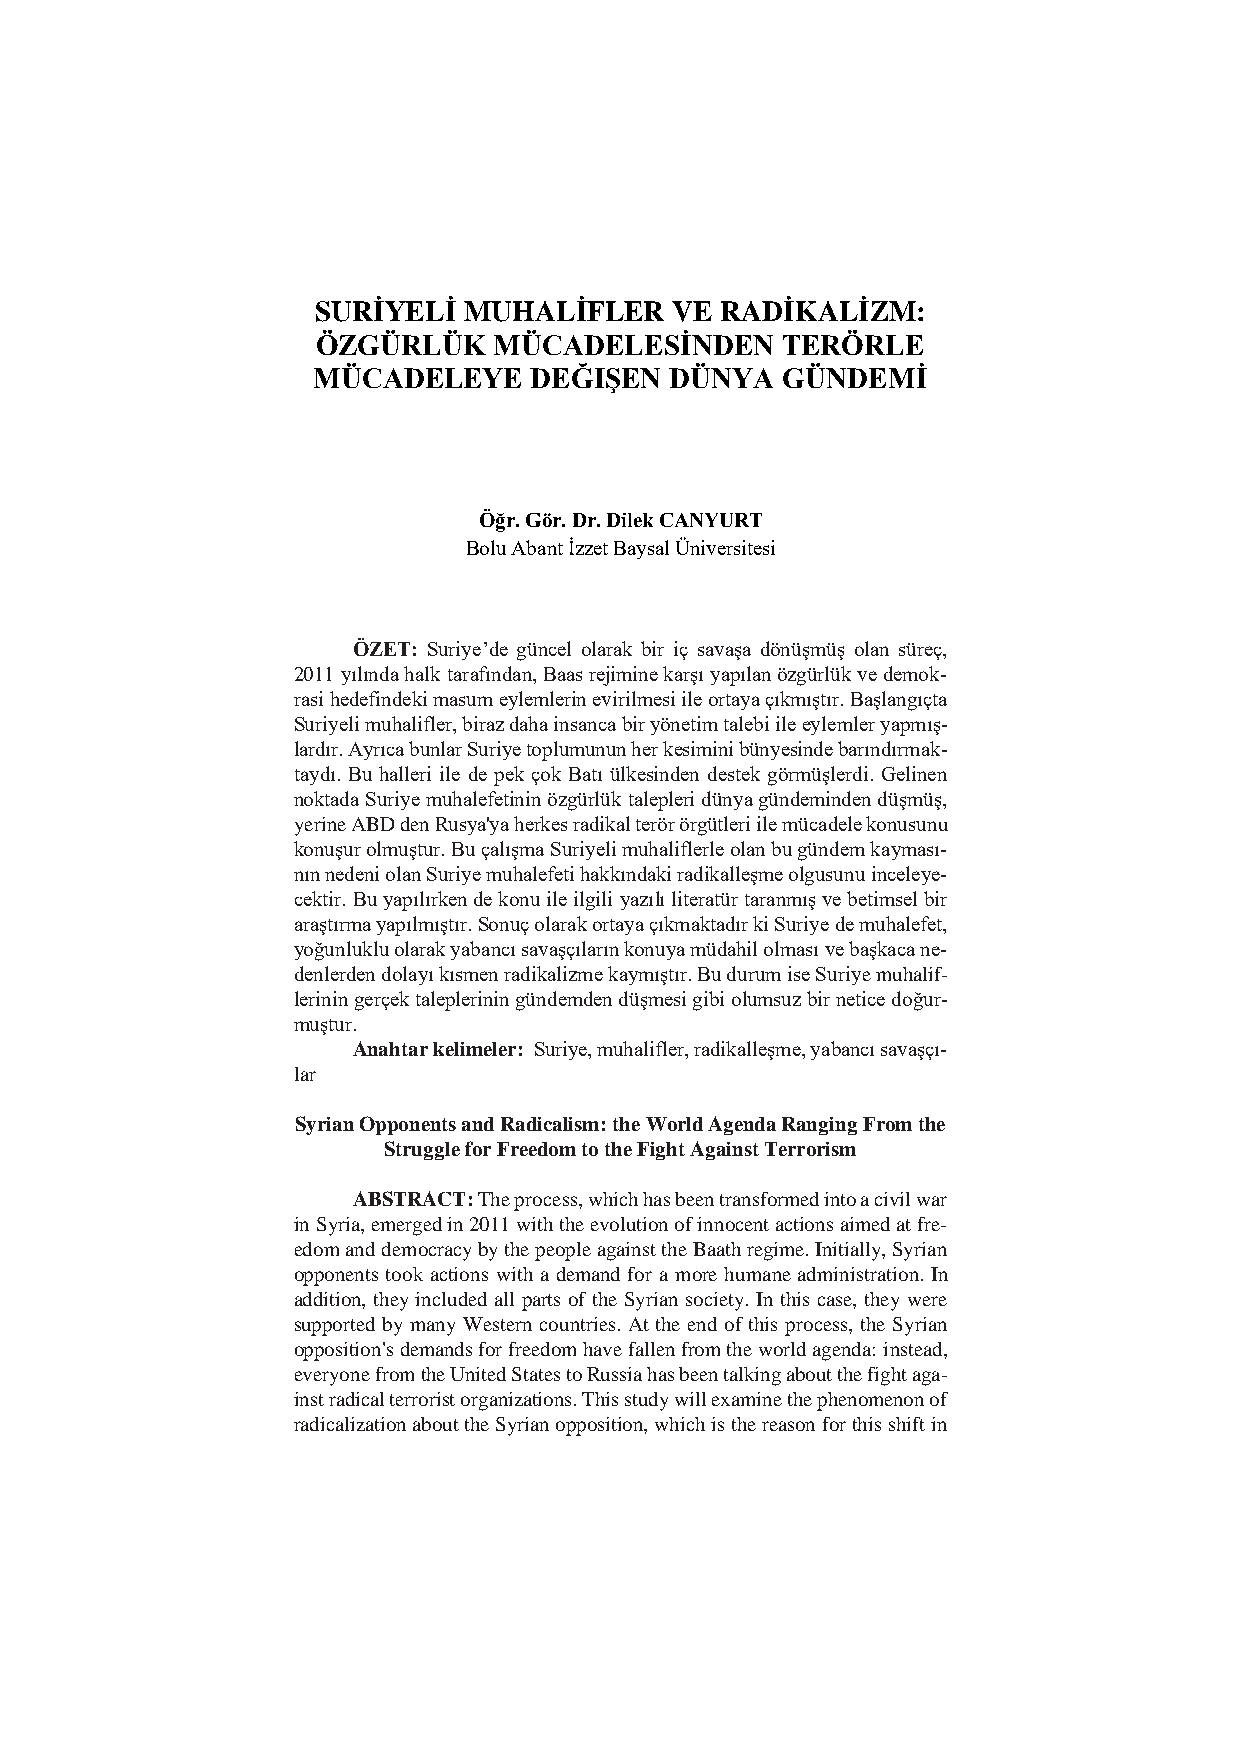
SURİYELİ  MUHALİFLER   VE  RADİKALİZM:
 ÖZGÜRLÜK    MÜCADELESİNDEN     TERÖRLE
 MÜCADELEYE    DEĞIŞEN  DÜNYA   GÜNDEMİ
 Öğr. Gör. Dr. Dilek CANYURT
 Bolu Abant İzzet Baysal Üniversitesi
 ÖZET: Suriye’de güncel olarak bir iç savaşa dönüşmüş olan süreç,
 2011 yılında halk tarafından, Baas rejimine karşı yapılan özgürlük ve demok-
 rasi hedefindeki masum eylemlerin evirilmesi ile ortaya çıkmıştır. Başlangıçta
 Suriyeli muhalifler, biraz daha insanca bir yönetim talebi ile eylemler yapmış-
 lardır. Ayrıca bunlar Suriye toplumunun her kesimini bünyesinde barındırmak-
 taydı. Bu halleri ile de pek çok Batı ülkesinden destek görmüşlerdi. Gelinen
 noktada Suriye muhalefetinin özgürlük talepleri dünya gündeminden düşmüş,
 yerine ABD den Rusya'ya herkes radikal terör örgütleri ile mücadele konusunu
 konuşur olmuştur. Bu çalışma Suriyeli muhaliflerle olan bu gündem kayması-
 nın nedeni olan Suriye muhalefeti hakkındaki radikalleşme olgusunu inceleye-
 cektir. Bu yapılırken de konu ile ilgili yazılı literatür taranmış ve betimsel bir
 araştırma yapılmıştır. Sonuç olarak ortaya çıkmaktadır ki Suriye de muhalefet,
 yoğunluklu olarak yabancı savaşçıların konuya müdahil olması ve başkaca ne-
 denlerden dolayı kısmen radikalizme kaymıştır. Bu durum ise Suriye muhalif-
 lerinin gerçek taleplerinin gündemden düşmesi gibi olumsuz bir netice doğur-
 muştur.
 Anahtar kelimeler: Suriye, muhalifler, radikalleşme, yabancı savaşçı-
 lar
 Syrian Opponents and Radicalism: the World Agenda Ranging From the
 Struggle for Freedom to the Fight Against Terrorism
 ABSTRACT: The process, which has been transformed into a civil war
 in Syria, emerged in 2011 with the evolution of innocent actions aimed at fre-
 edom and democracy by the people against the Baath regime. Initially, Syrian
 opponents took actions with a demand for a more humane administration. In
 addition, they included all parts of the Syrian society. In this case, they were
 supported by many Western countries. At the end of this process, the Syrian
 opposition's demands for freedom have fallen from the world agenda: instead,
 everyone from the United States to Russia has been talking about the fight aga-
 inst radical terrorist organizations. This study will examine the phenomenon of
 radicalization about the Syrian opposition, which is the reason for this shift in